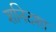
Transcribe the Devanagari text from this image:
शनिदशा